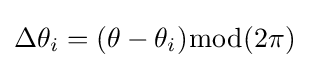
\Delta \theta _{i}=(\theta -\theta _{i}){\bmod {(}}2\pi )